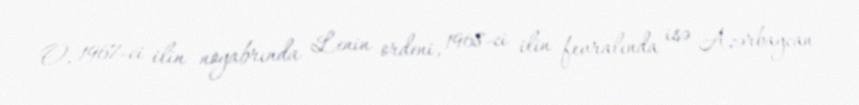
O, 1967-ci ilin noyabrında Lenin ordeni, 1968-ci ilin fevralında isə Azərbaycan